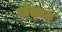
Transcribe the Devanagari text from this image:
संस्तव